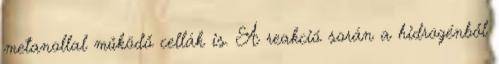
metanollal működő cellák is. A reakció során a hidrogénből